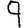
Digit: 9